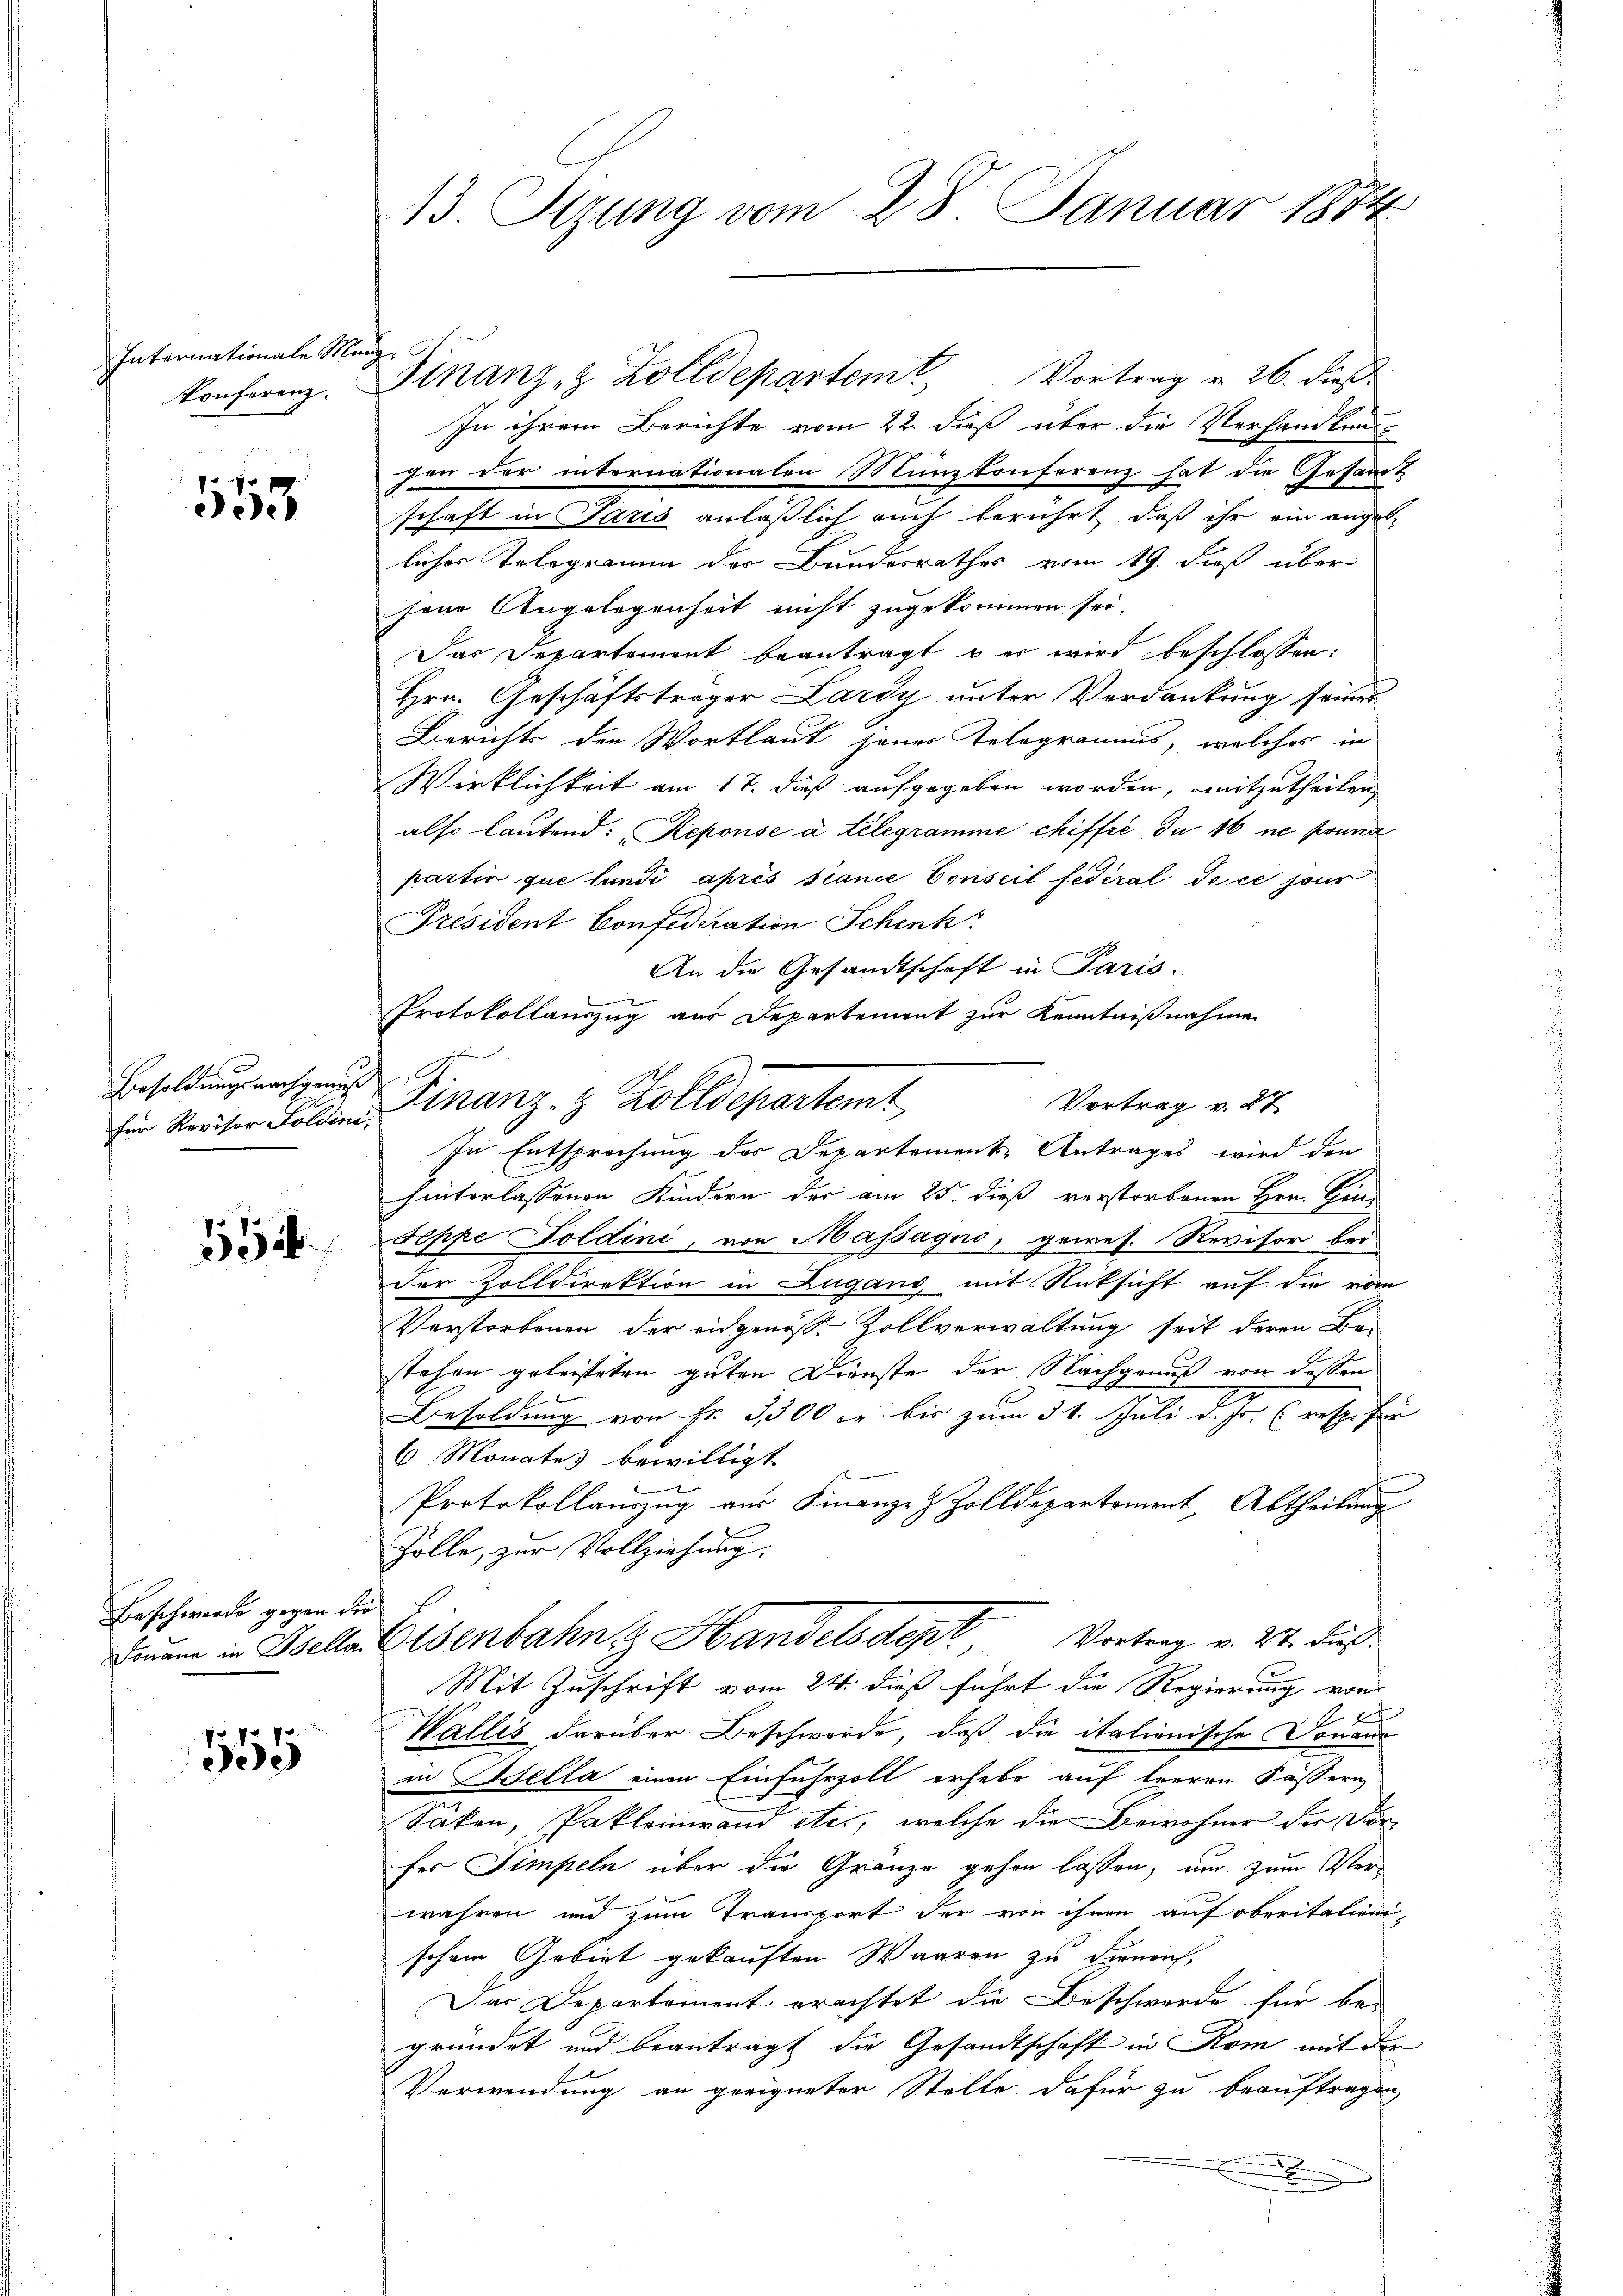
Internationale Manz

553

Besoldungsnachgenuss

1524

Beschwerde gegen die

555

13 Sizung vom 28. Januar 1874

konferenz. Sinanz- & Zolldepartem Vortrag v. 26. dieß
In ihrem Berichte vom 22. dieß über die Verhandlung
gen der internationalen Münzkonferenz hat die Gesamt
schaft in Paris anläßlich auch berührt, daß ihr ein angeb
licher Telegramm des Bundesrathes vom 19. dieß über
sene Angelegenheit nicht zugekommen sei.
Das Departement beantragt, o er wird beschlossen:
Hrn. Geschäftsträger Lardy unter Verdankung seiner
Berichts die Wortlaut jener Telegramms, welches in
Wirklichkeit am 17. dieß aufgegeben worden, mitzutheilen
also lautend: Repouse à telegramme chiffre du 16 ne pound
partir que lundi après sance Conseil fédéral Sece pour
Président Confederation Schenk
An die Gesandtschaft in Paris.
Protokollauszug aus Departement zur Kenntnißnahme
Vortrag v. 27
für Revisor Soldine Finanz- & Zolldepartem
In Entsprechung des Departement Antrages wird den
hinterlassenen Kindern der am 25. dieß verstorbenen Hrn. Hind
Peppe Toldini, von Massagno, gewes. Revisor bei
Der Zolldirektion in Lugand, mit Rücksicht auf die vom
Verstorbenen der eidgenöß. Zollverwaltung seit deren Bestehen geleisteten guten Dienste der Nachgenuß von dessen
Besoldung von Fr. 3,500 er bis zum 31. Juli d. Js. resp. für
6 Monates bewilligt.
Protokollauszug aus Finanze Zolldepartement, Abtheilung
Zolle, zur Vollziehung:
Darum in Isella Eisenbahn 2 Handelsdept Vortrag v. 27. dies
Mit Zuschrift vom 24. dieß führt die Regierung von
f
Wallis darüber Beschwerde, daß die italienische Donaue
in Helia einen Einfuhrzoll erhebe auf Heeren Fässern
Sakon, Pakleinwand etc., welche die Bewohner der Dir
fes Simpeln über die Gränze gehen lassen, um zum Verwähren und zum Transport der von ihnen auf oberitalien,
schen Gebiet gekauften Waaren zu dienen,
Das Departement erachtet die Beschwerde für be-
gründet und beantragt die Gesandtschaft in Rom mit der
Verwendung an geeigneter Stelle dafür zu beauftragen
.